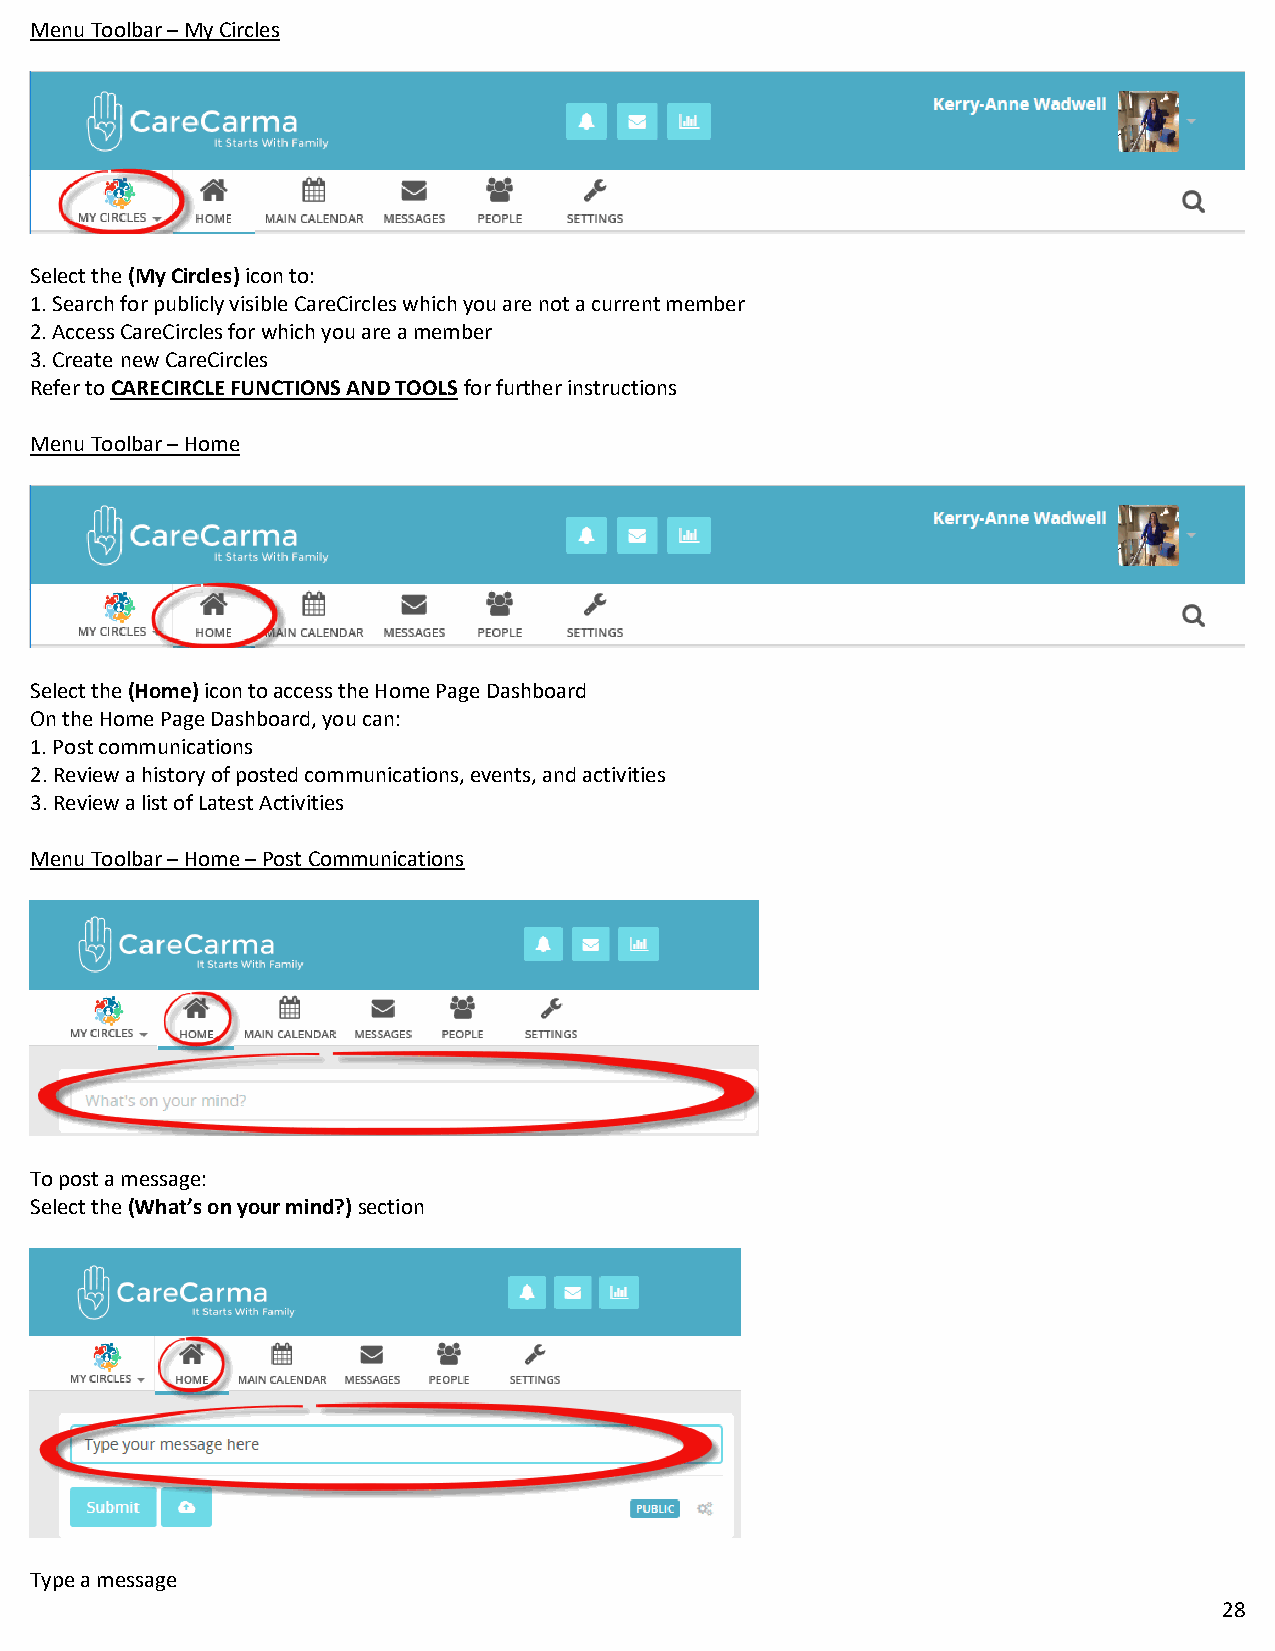
Menu Toolbar – My Circles
 Select the (My Circles) icon to:
 1. Search for publicly visible CareCircles which you are not a current member
 2. Access CareCircles for which you are a member
 3. Create new CareCircles
 Refer to CARECIRCLE FUNCTIONS AND TOOLS for further instructions
 Menu Toolbar – Home
 Select the (Home) icon to access the Home Page Dashboard
 On the Home Page Dashboard, you can:
 1. Post communications
 2. Review a history of posted communications, events, and activities
 3. Review a list of Latest Activities
 Menu Toolbar – Home – Post Communications
 To post a message:
 Select the (What’s on your mind?) section
 Type a message
 28